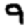
Digit: 9